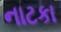
નાટકા